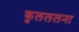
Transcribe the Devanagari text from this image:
कुलललना